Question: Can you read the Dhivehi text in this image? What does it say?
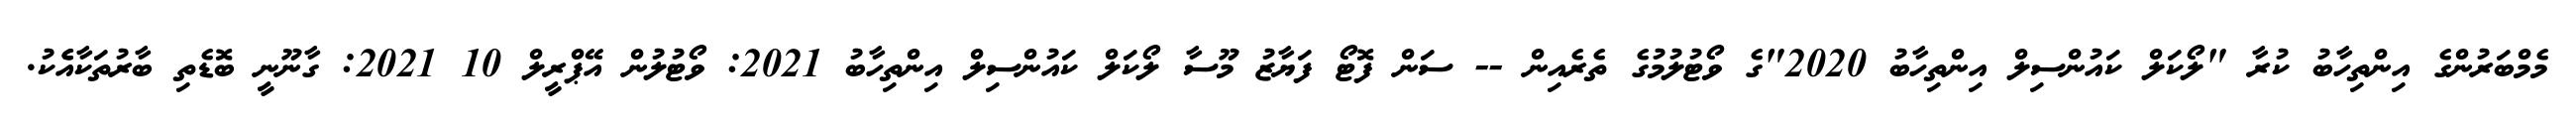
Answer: މެމްބަރުންގެ އިންތިހާބު ކުރާ "ލޯކަލް ކައުންސިލް އިންތިހާބު 2020"ގެ ވޯޓުލުމުގެ ތެރެއިން -- ސަން ފޮޓޯ ފަޔާޒު މޫސާ ލޯކަލް ކައުންސިލް އިންތިހާބު 2021: ވޯޓުލުން އޭޕްރީލް 10 2021: ގާނޫނީ ބޮޑެތި ބާރުތަކާއެެކު.